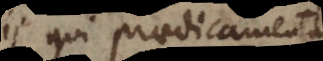
ii qui praedicamenta